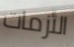
الأزمات